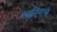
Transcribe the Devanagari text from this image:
ग्याटिंगचं